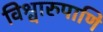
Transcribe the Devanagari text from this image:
विश्वारुपाणि